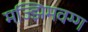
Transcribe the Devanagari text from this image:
मज्झिमवग्ग